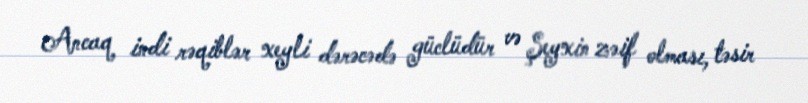
Ancaq indi rəqiblər xeyli dərəcədə güclüdür və Şeyxin zəif olması, təsir